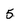
Character: 5